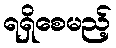
ရရှိစေမည့်